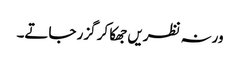
ورنہ نظریں جھکا کر گزر جاتے۔